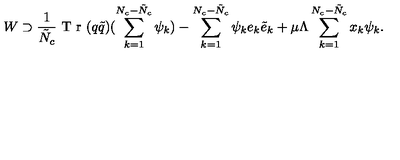
W \supset \frac { 1 } { \tilde { N } _ { c } } \textup { T r } ( q \tilde { q } ) ( \sum _ { k = 1 } ^ { N _ { c } - \tilde { N } _ { c } } \psi _ { k } ) - \sum _ { k = 1 } ^ { N _ { c } - \tilde { N } _ { c } } \psi _ { k } e _ { k } \tilde { e } _ { k } + \mu \Lambda \sum _ { k = 1 } ^ { N _ { c } - \tilde { N } _ { c } } x _ { k } \psi _ { k } .